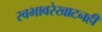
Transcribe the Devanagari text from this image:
स्वभावरेखाटनही